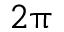
2 \uppi